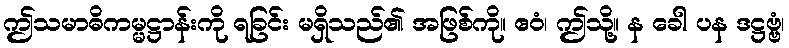
ဤသမာဓိကမ္မဋ္ဌာန်းကို ရခြင်း မရှိသည်၏ အဖြစ်ကို။ ဧဝံ၊ ဤသို့။ န ခေါ ပန ဒဋ္ဌဗ္ဗံ၊